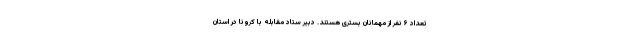
تعداد ۶ نفر از مهمانان بستری هستند. دبیر ستاد مقابله با کرونا در استان